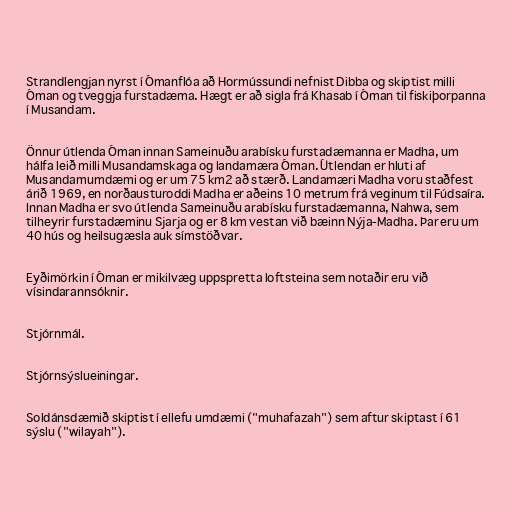
Strandlengjan nyrst í Ómanflóa að Hormússundi nefnist Dibba og skiptist milli
Óman og tveggja furstadæma. Hægt er að sigla frá Khasab í Óman til fiskiþorpanna
í Musandam.

Önnur útlenda Óman innan Sameinuðu arabísku furstadæmanna er Madha, um
hálfa leið milli Musandamskaga og landamæra Óman. Útlendan er hluti af
Musandamumdæmi og er um 75 km2 að stærð. Landamæri Madha voru staðfest
árið 1969, en norðausturoddi Madha er aðeins 10 metrum frá veginum til Fúdsaíra.
Innan Madha er svo útlenda Sameinuðu arabísku furstadæmanna, Nahwa, sem
tilheyrir furstadæminu Sjarja og er 8 km vestan við bæinn Nýja-Madha. Þar eru um
40 hús og heilsugæsla auk símstöðvar.

Eyðimörkin í Óman er mikilvæg uppspretta loftsteina sem notaðir eru við
vísindarannsóknir.

Stjórnmál.

Stjórnsýslueiningar.

Soldánsdæmið skiptist í ellefu umdæmi ("muhafazah") sem aftur skiptast í 61
sýslu ("wilayah").